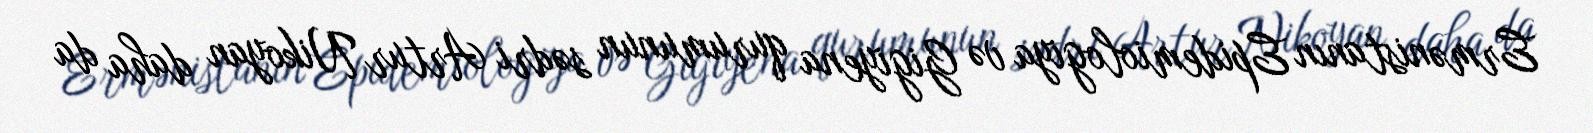
Ermənistanın Epidemiologiya və Gigiyena qurumunun sədri Artur Nikoyan daha da